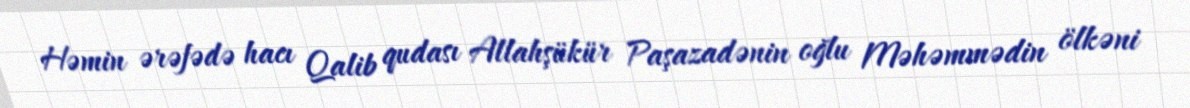
Həmin ərəfədə hacı Qalib qudası Allahşükür Paşazadənin oğlu Məhəmmədin ölkəni